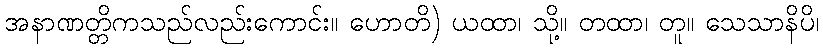
အနာဏတ္တိကသည်လည်းကောင်း။ ဟောတိ) ယထာ၊ သို့။ တထာ၊ တူ။ သေသာနိပိ၊